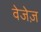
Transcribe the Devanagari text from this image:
वेजेज़